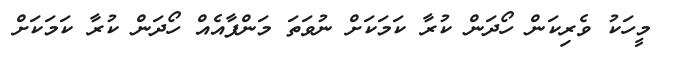
މީހަކު ވެރިކަން ހޯދަން ކުރާ ކަމަކަށް ނުވަތަ މަންފާއެއް ހޯދަން ކުރާ ކަމަކަށް